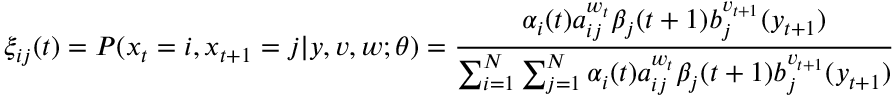
\xi _ { i j } ( t ) = P ( x _ { t } = i , x _ { t + 1 } = j | y , v , w ; \theta ) = { \frac { \alpha _ { i } ( t ) a _ { i j } ^ { w _ { t } } \beta _ { j } ( t + 1 ) b _ { j } ^ { v _ { t + 1 } } ( y _ { t + 1 } ) } { \sum _ { i = 1 } ^ { N } \sum _ { j = 1 } ^ { N } \alpha _ { i } ( t ) a _ { i j } ^ { w _ { t } } \beta _ { j } ( t + 1 ) b _ { j } ^ { v _ { t + 1 } } ( y _ { t + 1 } ) } }